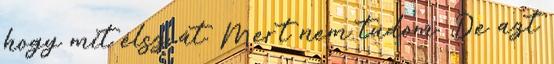
hogy mit élsz át. Mert nem tudom. De azt